Indian journal of veterinary science and animal husbandry - Volume 3,
Year: 1933
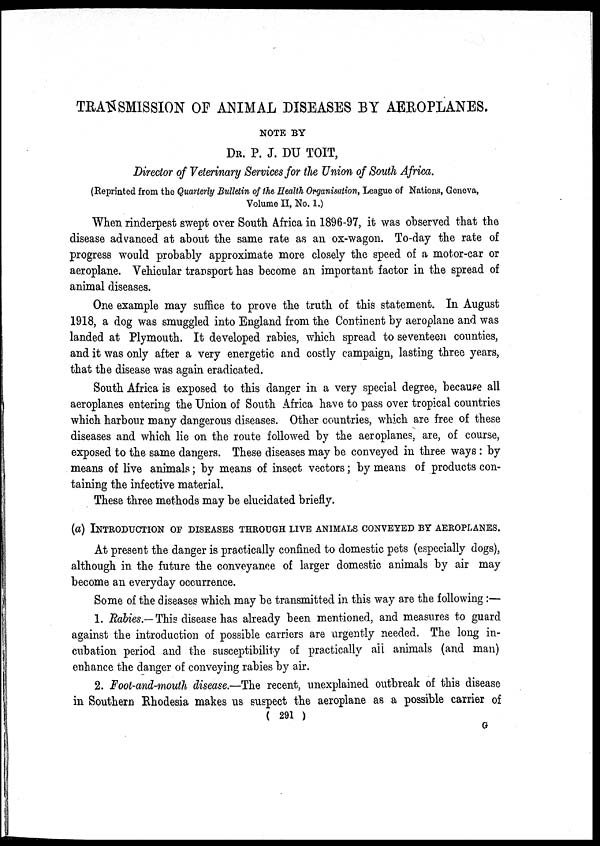
TRANSMISSION OF ANIMAL DISEASES BY AEROPLANES.
NOTE BY
DR. P. J. DU TOIT,
Director of Veterinary Services for the Union of South Africa.
(Reprinted from the Quarterly Bulletin of the Health Organisation, League of Nations, Goneva,
Volume II, No. 1.)
When rinderpest swept over South Africa in 1896-97, it was observed that the
disease advanced at about the same rate as an ox-wagon. To-day the rate of
progress would probably approximate more closely the speed of a motor-car or
aeroplane. Vehicular transport has become an important factor in the spread of
animal diseases.
One example may suffice to prove the truth of this statement. In August
1918, a dog was smuggled into England from the Continent by aeroplane and was
landed at Plymouth. It developed rabies, which spread to seventeen counties,
and it was only after a very energetic and costly campaign, lasting three years,
that the disease was again eradicated.
South Africa is exposed to this danger in a very special degree, because all
aeroplanes entering the Union of South Africa have to pass over tropical countries
which harbour many dangerous diseases. Other countries, which are free of these
diseases and which lie on the route followed by the aeroplanes, are, of course,
exposed to the same dangers. These diseases may be conveyed in three ways : by
means of live animals; by means of insect vectors; by means of products con-
taining the infective material.
These three methods may be elucidated briefly.
(a) INTRODUCTION OF DISEASES THROUGH LIVE ANIMALS CONVEYED BY AEROPLA
At present the danger is practically confined to domestic pets (especially dogs),
although in the future the conveyance of larger domestic animals by air may
become an everyday occurrence.
Some of the diseases which may be transmitted in this way are the following:—
1. Rabies.— This disease has already been mentioned, and measures to guard
against the introduction of possible carriers are urgently needed. The long in-
cubation period and the susceptibility of practically all animals (and man)
enhance the danger of conveying rabies by air.
2. Foot-and-mouth disease—The recent, unexplained outbreak of this disease
in Southern Rhodesia makes us suspect the aeroplane as a possible carrier of
( 291 )
G